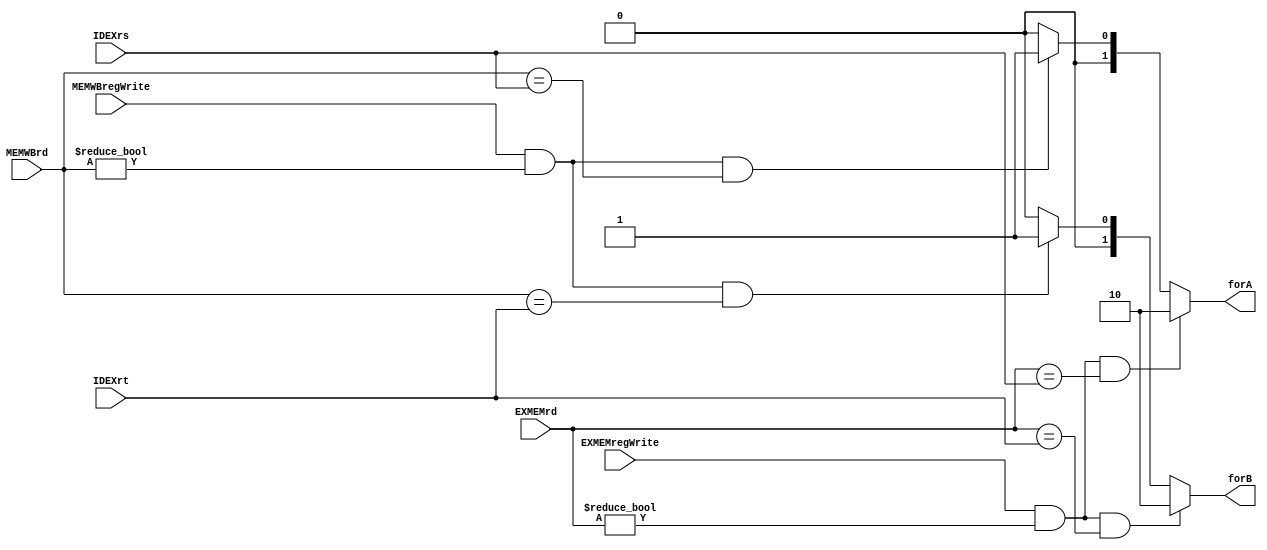
module forwardUnit(IDEXrs,IDEXrt,EXMEMrd,EXMEMregWrite,
		   MEMWBrd,MEMWBregWrite,forA,forB);

input EXMEMregWrite,MEMWBregWrite;
input [3:0] IDEXrs,IDEXrt,EXMEMrd,MEMWBrd;

output [1:0] forA,forB;

//check the conditions if need to forward data and set the forwarding signal accordingly for rs (port 1 of ALU)
assign forA = (EXMEMregWrite && (EXMEMrd != 4'b0000) && (EXMEMrd==IDEXrs))? 10 :
	      (MEMWBregWrite && (MEMWBrd != 4'b0000) && (MEMWBrd==IDEXrs))? 01 : 00;
//check the conditions if need to forward data and set the forwarding signal accordingly for rt (port 2 of ALU)
assign forB = (EXMEMregWrite && (EXMEMrd != 4'b0000) && (EXMEMrd==IDEXrt))? 10 :
	      (MEMWBregWrite && (MEMWBrd != 4'b0000) && (MEMWBrd==IDEXrt))? 01 : 00;


endmodule